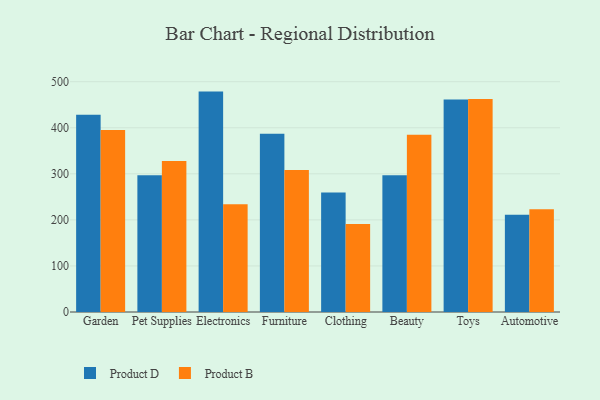
{"axis": {"x": "Category", "y": "Operating Costs (USD K)"}, "legend": ["Product B", "Product D"], "data": [{"x": "Garden", "y": 428.3, "type": "Product D"}, {"x": "Garden", "y": 395.1, "type": "Product B"}, {"x": "Pet Supplies", "y": 297.0, "type": "Product D"}, {"x": "Pet Supplies", "y": 327.7, "type": "Product B"}, {"x": "Electronics", "y": 478.5, "type": "Product D"}, {"x": "Electronics", "y": 234.2, "type": "Product B"}, {"x": "Furniture", "y": 387.1, "type": "Product D"}, {"x": "Furniture", "y": 308.4, "type": "Product B"}, {"x": "Clothing", "y": 259.7, "type": "Product D"}, {"x": "Clothing", "y": 191.2, "type": "Product B"}, {"x": "Beauty", "y": 296.7, "type": "Product D"}, {"x": "Beauty", "y": 384.6, "type": "Product B"}, {"x": "Toys", "y": 461.6, "type": "Product D"}, {"x": "Toys", "y": 462.4, "type": "Product B"}, {"x": "Automotive", "y": 211.0, "type": "Product D"}, {"x": "Automotive", "y": 223.3, "type": "Product B"}]}